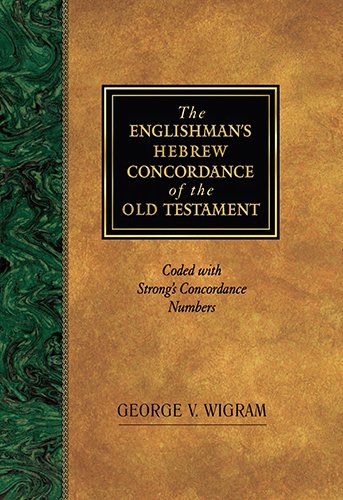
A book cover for The Englishman's Hebrew Concordance of the Old Testament: Coded with Strong's Concordance Numbers; George V. Wigram; Christian Books & Bibles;